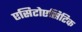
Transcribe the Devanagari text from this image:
एसिटोएसिटिक